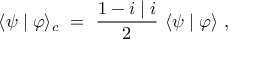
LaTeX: \langle \psi \mid \varphi \rangle _ { c } ~ = ~ \frac { 1 - i \mid i } { 2 } ~ \langle \psi \mid \varphi \rangle ~ ,